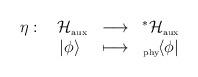
LaTeX: \begin{align*}\begin{array}{cccc}\eta :& \ {\cal H}_{\mbox{\tiny aux}} & \longrightarrow & ^*{\cal H}_{\mbox{\tiny aux}} \\ &|\phi\rangle & \longmapsto & _{\mbox{\tiny phy}}\!\langle\phi|\end{array}\end{align*}